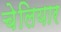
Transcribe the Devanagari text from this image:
चेलियार